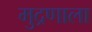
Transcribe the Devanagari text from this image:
मुद्रणाला